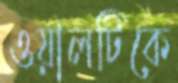
ওয়ালটিকে